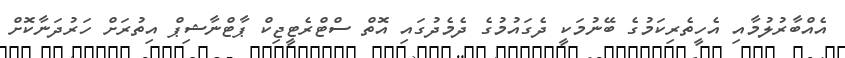
އެއްބާރުލުމާއި އެހީތެރިކަމުގެ ބޭނުމަކީ ދެގައުމުގެ ދެމެދުގައި އޮތް ސްޓްރެޓީޖިކް ޕާޓްނާޝިޕް އިތުރަށް ހަރުދަނާކޮށް